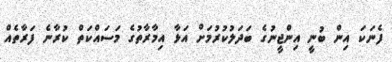
ފެނަކަ އިން ބުނީ އިންޖީނުގެ ބަދަލުކުރުމަށް އަޅާ އިމާރާތުގެ މަސައްކަތް ކުރާނެ ފަރާތެއް